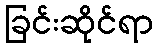
ခြင်းဆိုင်ရာ